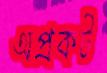
অপ্রকট